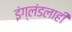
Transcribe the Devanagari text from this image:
इंग्लंडलाही